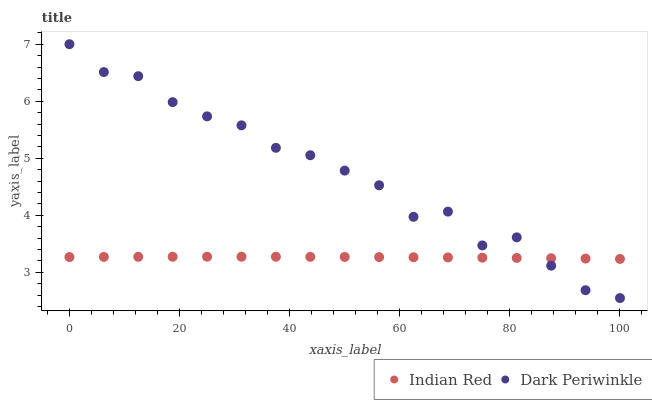
| xaxis_label | Indian Red | Dark Periwinkle |
 | --- | --- | --- |
 | 0 | 3.27 | 7 |
 | 6.25 | 3.27 | 6.51 |
 | 12.5 | 3.27 | 6.44 |
 | 18.8 | 3.27 | 5.98 |
 | 25 | 3.27 | 5.74 |
 | 31.2 | 3.27 | 5.58 |
 | 37.5 | 3.27 | 5.18 |
 | 43.8 | 3.27 | 5.05 |
 | 50 | 3.27 | 4.78 |
 | 56.2 | 3.27 | 4.53 |
 | 62.5 | 3.27 | 3.97 |
 | 68.8 | 3.26 | 4.07 |
 | 75 | 3.26 | 3.47 |
 | 81.2 | 3.25 | 3.61 |
 | 87.5 | 3.25 | 3.12 |
 | 93.8 | 3.24 | 2.69 |
 | 100 | 3.24 | 2.55 |